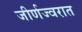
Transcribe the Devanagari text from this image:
जीर्णज्वरात